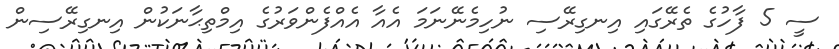
ސީ 5 ފާހުގެ ތެރޭގައި އިނގިރޭސި ނުހިމެނޭނަމަ އެއާ އެއްފެންވަރުގެ އިމްތިޙާނަކުން އިނގިރޭސިން